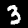
Digit: 3